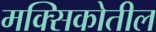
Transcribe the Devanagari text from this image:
मक्सिकोतील